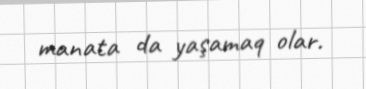
manata da yaşamaq olar.